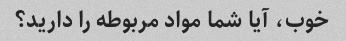
خوب، آیا شما مواد مربوطه را دارید؟